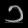
Digit: ၁